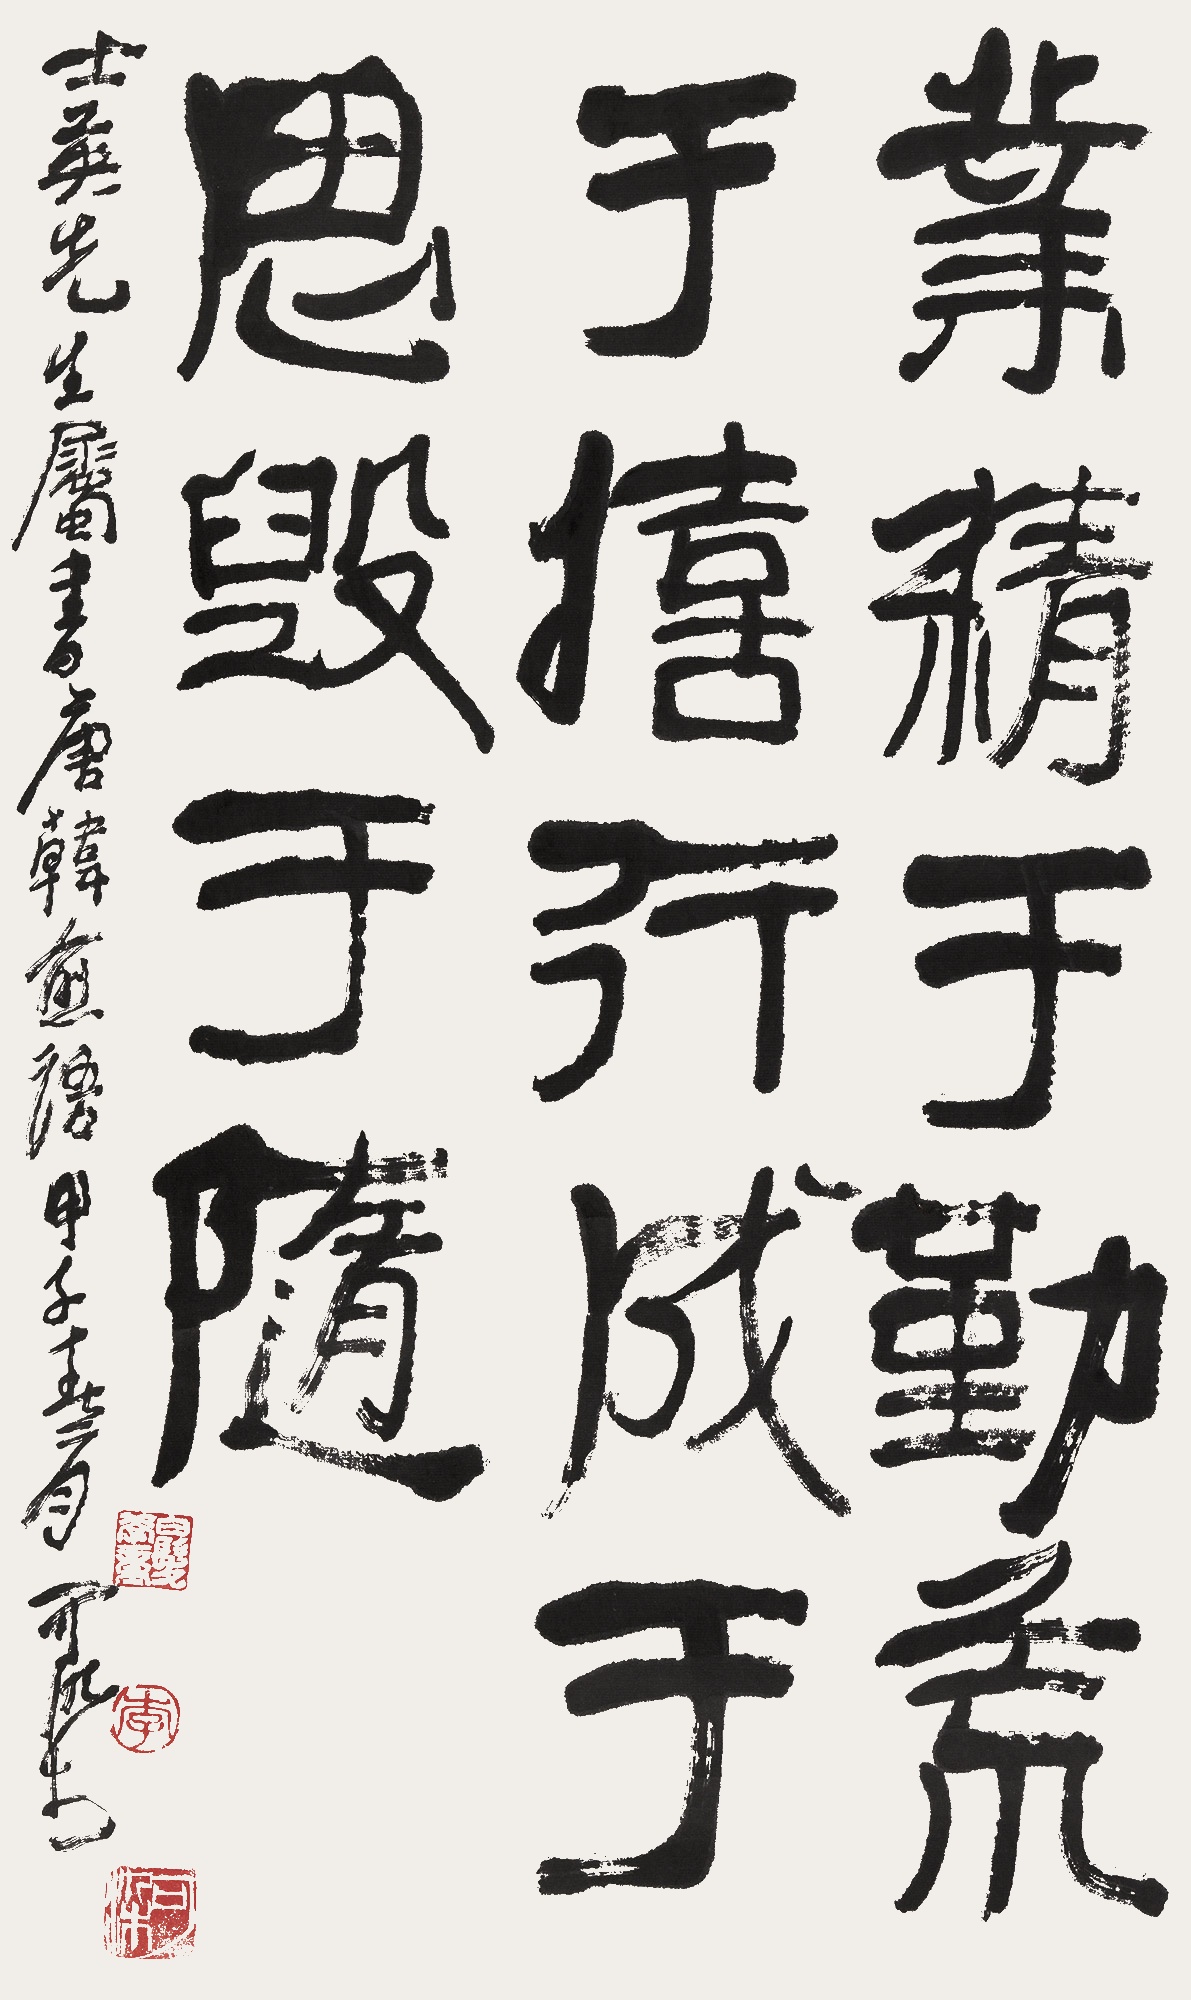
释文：业精于勤荒于嬉，行成于思毁于随。士英先生属书唐韩愈语。甲子春月，可染。